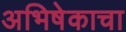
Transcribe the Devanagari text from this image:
अभिषेकाचा